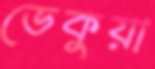
ভেকুয়া